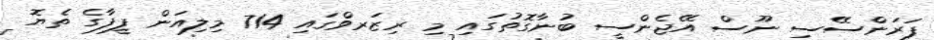
ފަރަންސޭސި ނޫސް އޭޖެންސީ ބުނާގޮތުގައި މި ރިޒަރވްގައި 714 މިލިއަން ފީފާގެ ތެޔޮ